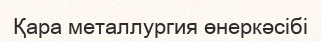
Қара металлургия өнеркәсібі